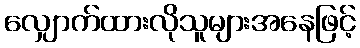
လျှောက်ထားလိုသူများအနေဖြင့်